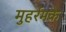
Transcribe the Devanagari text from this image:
मुहर्रमके